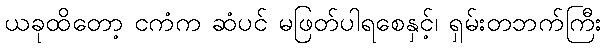
ယခုထိတော့ ငကံက ဆံပင် မဖြတ်ပါရစေနှင့်၊ ရှမ်းတဘက်ကြီး